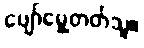
ပျော်မွေ့တတ်သူ။